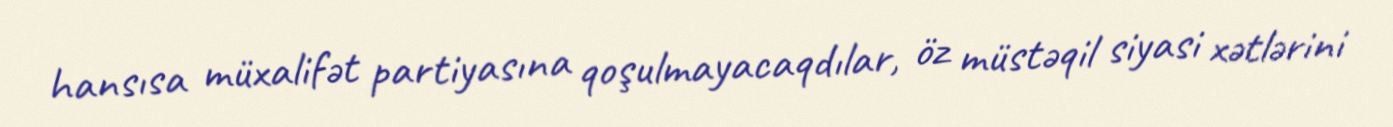
hansısa müxalifət partiyasına qoşulmayacaqdılar, öz müstəqil siyasi xətlərini